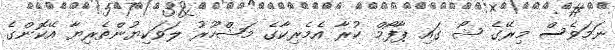
ނަމަވެސް މިރޭގެ ޝޯ ގައި ޕާފޯމް ކުރާ އެމެރިކާގެ މަޝްހޫރު ލަވަކިޔުންތެރިޔާ އޭކޮންގެ